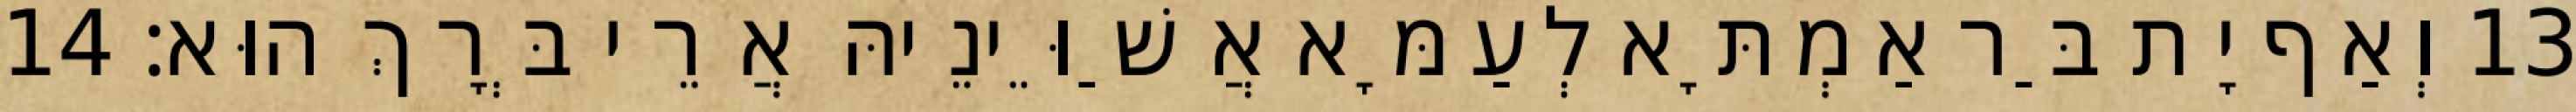
13 וְאַף יָת בַּר אַמְתָּא לְעַמָּא אֲשַׁוֵּינֵיהּ אֲרֵי בְּרָךְ הוּא׃ 14